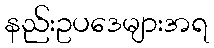
နည်းဥပဒေများအရ